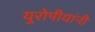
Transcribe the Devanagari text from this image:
युरोपीयांनी